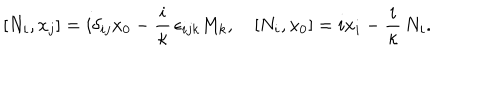
[ N _ { i } , x _ { j } ] = i \delta _ { i j } x _ { 0 } - \frac { i } \kappa \, \epsilon _ { i j k } M _ { k } , \quad [ N _ { i } , x _ { 0 } ] = i x _ { i } - \frac { i } \kappa \, N _ { i } .